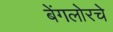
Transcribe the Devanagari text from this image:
बेंगलोरचे